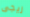
ريجى